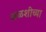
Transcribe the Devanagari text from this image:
अळशीच्या